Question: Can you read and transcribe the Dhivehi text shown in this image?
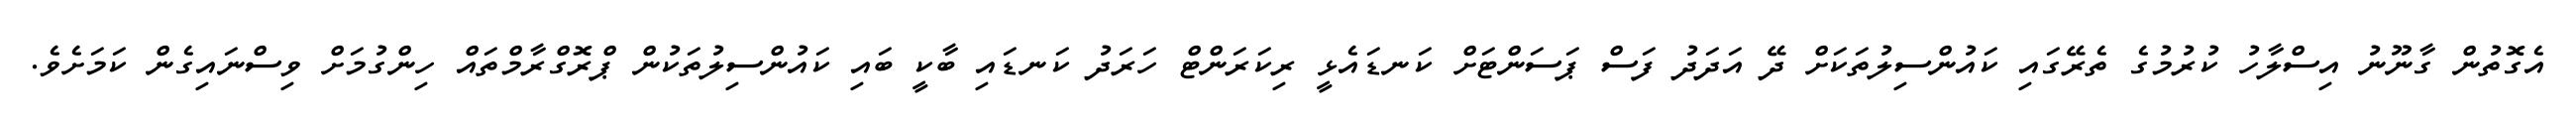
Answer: އެގޮތުން ގާނޫނު އިސްލާހު ކުރުމުގެ ތެރޭގައި ކައުންސިލުތަކަށް ދޭ އަދަދު ފަސް ޕަސަންޓަށް ކަނޑައެޅީ ރިކަރަންޓް ހަރަދު ކަނޑައި ބާކީ ބައި ކައުންސިލުތަކުން ޕްރޮގްރާމްތައް ހިންގުމަށް ވިސްނައިގެން ކަމަށެވެ.